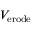
V _ { \mathrm { { e r o d e } } }